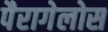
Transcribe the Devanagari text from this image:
पैरागेलोस